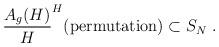
LaTeX: \begin{align*}\frac{A_g(H)}{H} \sp H (\textup{permutation}) \subset S_N \ .\end{align*}